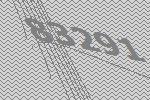
83291